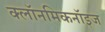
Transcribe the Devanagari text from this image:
क्लॉनमिकनॉइज